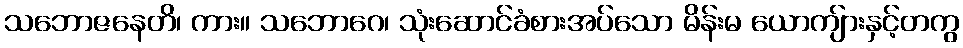
သဘောဇနေတိ၊ ကား။ သဘောဂေ၊ သုံးဆောင်ခံစားအပ်သော မိန်းမ ယောကျ်ားနှင့်တကွ